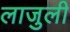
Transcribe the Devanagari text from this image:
लाजुली